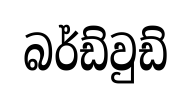
බර්ඩ්වුඩ්